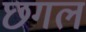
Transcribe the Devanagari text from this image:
छगल